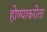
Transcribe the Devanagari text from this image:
होण्याकरीता